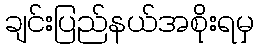
ချင်းပြည်နယ်အစိုးရမှ